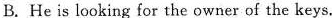
B. He is looking for the owner of the keys.